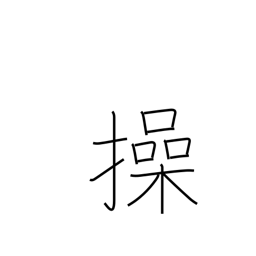
Meaning: maneuver